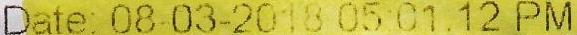
DATE: 08-03-2018 05:01:12 PM